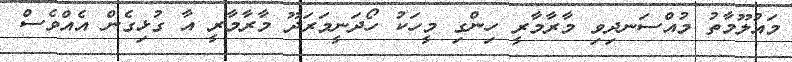
މައުލޫމާތު މުއްސަނދިވި މާރާމާރީ ހިންގި މީހަކު ހޯދަނީމަރަދޫ މާރާމާރީ އާ ގުޅިގެން އެއްވެސް